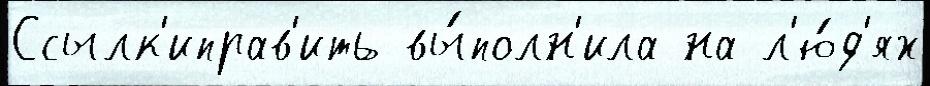
Ссылк'иправ'ить вы́полн'ила на л'ю́д'ях